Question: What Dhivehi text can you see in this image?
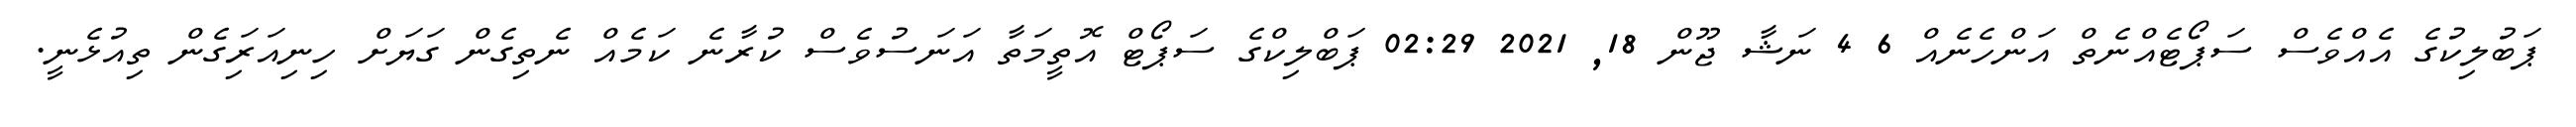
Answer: ޕަބުލިކުގެ އެއްވެސް ސަޕޯޓެއްނެތް އަންހެނެއް 6 4 ނަޝާ ޖޫން 18, 2021 02:29 ޕަބްލިކްގެ ސަޕޯޓް އޮތީމަތާ އަނަސުވެސް ކުރާނެ ކަމެއް ނެތިގެން ގަޔަށް ހިނިއަރަިގެން ތިއުޅެނީ.